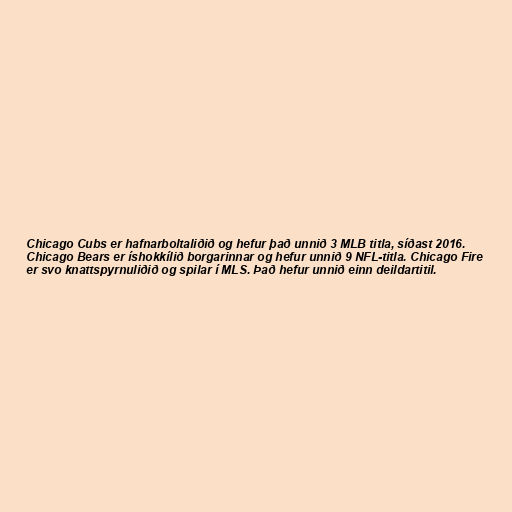
Chicago Cubs er hafnarboltaliðið og hefur það unnið 3 MLB titla, síðast 2016.
Chicago Bears er íshokkílið borgarinnar og hefur unnið 9 NFL-titla. Chicago Fire
er svo knattspyrnuliðið og spilar í MLS. Það hefur unnið einn deildartitil.